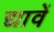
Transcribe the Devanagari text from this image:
द्यावें